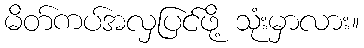
မိတ်ကပ်အလှပြင်ဖို့ သုံးမှာလား။